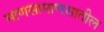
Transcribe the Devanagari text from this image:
माणसामाणसातील